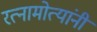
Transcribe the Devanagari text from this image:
रत्नामोत्यांनी